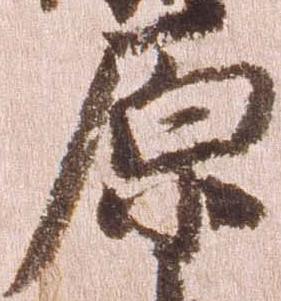
原